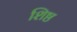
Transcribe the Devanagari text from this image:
शिष्ठ